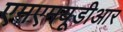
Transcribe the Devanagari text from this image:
एमएमयूडीआर